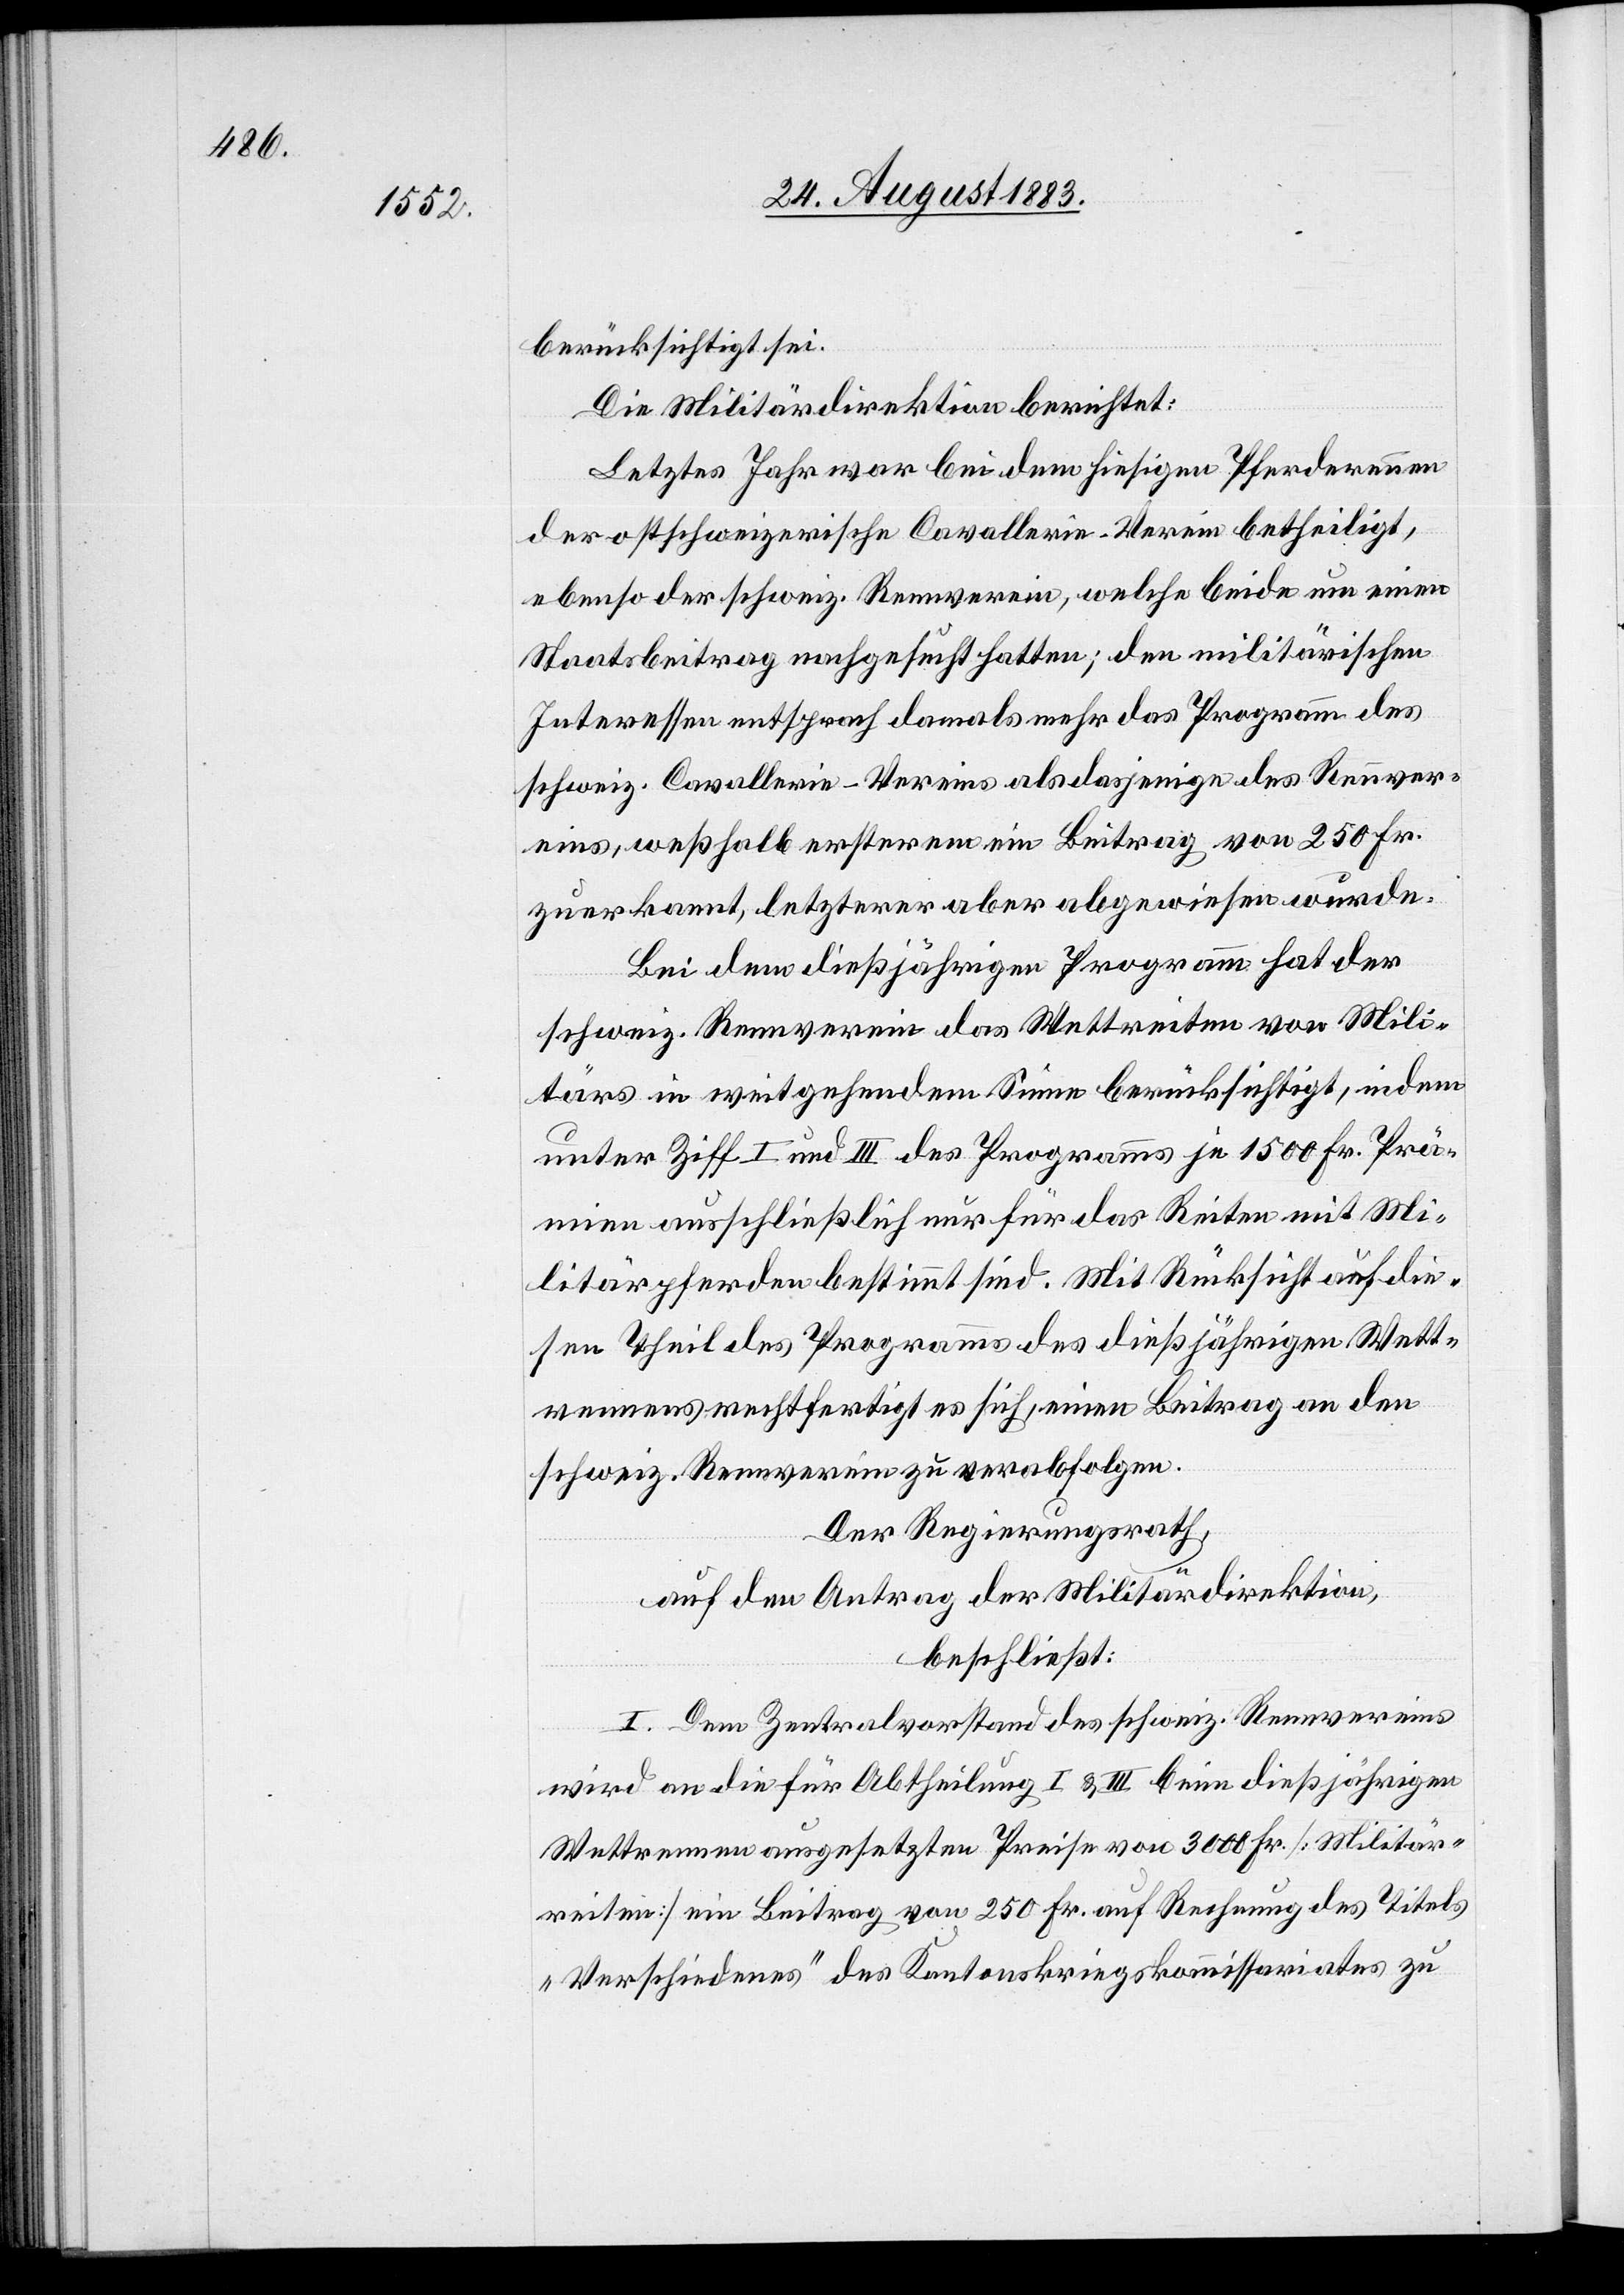
berücksichtigt sei.
Die Militärdirektion berichtet:
Letztes Jahr war bei dem hiesigen Pferderennen
der ostschweizerische Cavallerie-Verein betheiligt,
ebenso der schweiz. Rennverein, welche beide um einen
Staatsbeitrag nachgesucht hatten; den militärischen
Interessen entsprach damals mehr das Programm des
schweiz. Cavallerie-Vereins als dasjenige des Rennver¬
eins, weßhalb ersterem ein Beitrag von 250 Fr.
zuerkannt, letzterer aber abgewiesen wurde.
Bei dem dießjährigen Programm hat der
schweiz. Rennverein das Wettreiten von Mili¬
tärs in weitgehendem Sinne berücksichtigt, indem
unter Ziff. I und III des Programms je 1500 Fr. Prä¬
mien ausschließlich nur für das Reiten mit Mi¬
litärpferden bestimmt sind. Mit Rücksicht auf die¬
sen Theil des Programms des dießjährigen Wett¬
rennens rechtfertigt es sich, einen Beitrag an den
schweiz. Rennverein zu verabfolgen.
Der Regierungsrath,
auf den Antrag der Militärdirektion,
beschließt:
I. Dem Zentralvorstand des schweiz. Rennvereins
wird an die für Abtheilung I & III beim dießjährigen
Wettrennen ausgesetzten Preise von 3000 Fr. [Militär¬
reiten] ein Beitrag von 250 Fr. auf Rechnung des Titels
„Verschiedenes“ des Kantonskriegskommissariates zu